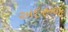
અદરૂજ